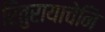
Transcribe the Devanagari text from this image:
रितुरायाचेनि